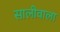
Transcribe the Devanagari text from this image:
सालीवाला